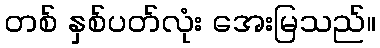
တစ် နှစ်ပတ်လုံး အေးမြသည်။